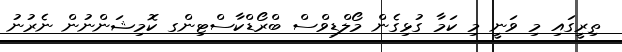
ތިރީގައި މި ވަނީ މި ކަމާ ގުޅިގެން މޯލްޑިވްސް ބްރޯޑްކާސްޓިންގ ކޮމިޝަންނުން ނެރުނު